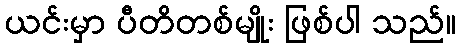
ယင်းမှာ ပီတိတစ်မျိုး ဖြစ်ပါ သည်။